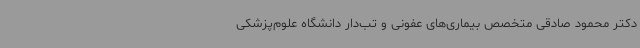
دکتر محمود صادقی متخصص بیماری‌های عفونی و تب‌دار دانشگاه علوم‌پزشکی